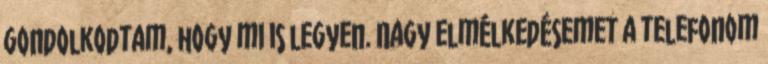
gondolkodtam, hogy mi is legyen. Nagy elmélkedésemet a telefonom